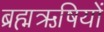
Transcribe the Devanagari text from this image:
ब्रह्मऋषियों